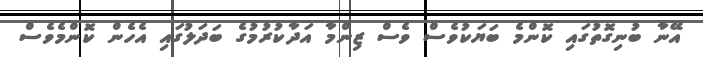
އޭނާ ބުނިގޮތުގައި ކޮންމެ ބަޔަކުވެސް ވެސް ޒިންމާ އަދާކުރުމުގެ ބަދަލުގައި އެހެން ކޮންމެވެސް